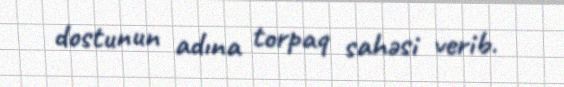
dostunun adına torpaq sahəsi verib.